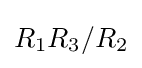
R_{1}R_{3}/R_{2}